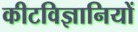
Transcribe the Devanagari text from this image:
कीटविज्ञानियों